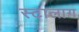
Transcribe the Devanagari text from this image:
स्टालाग